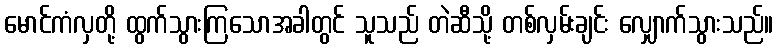
မောင်ကံလှတို့ ထွက်သွားကြသောအခါတွင် သူသည် တဲဆီသို့ တစ်လှမ်းချင်း လျှောက်သွားသည်။